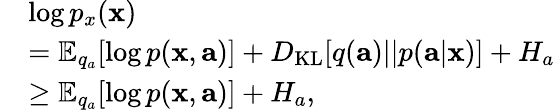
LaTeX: \begin{array}{rl}&{\log p_{x}(\mathbf{x})}\\ &{=\mathbb{E}_{q_{a}}[\log p(\mathbf{x},\mathbf{a})]+D_{\operatorname{KL}}[q(\mathbf{a})||p(\mathbf{a}|\mathbf{x})]+H_{a}}\\ &{\geq\mathbb{E}_{q_{a}}[\log p(\mathbf{x},\mathbf{a})]+H_{a},}\end{array}